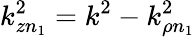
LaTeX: k_{zn_{1}}^{2}=k^{2}-k_{\rho n_{1}}^{2}